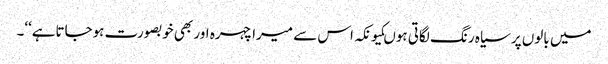
میں بالوں پر سیاہ رنگ لگاتی ہوںکیونکہ اس سے میرا چہرہ اور بھی خوبصورت ہوجاتاہے‘‘۔